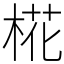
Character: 椛